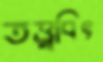
তত্ত্ববিৎ